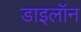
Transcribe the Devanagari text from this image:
डाइलॉन